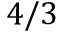
4 / 3